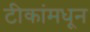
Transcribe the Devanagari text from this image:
टीकांमधून